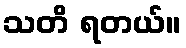
သတိ ရတယ်။